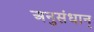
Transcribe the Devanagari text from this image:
अनुसंधान्